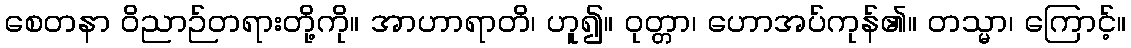
စေတနာ ဝိညာဉ်တရားတို့ကို။ အာဟာရာတိ၊ ဟူ၍။ ဝုတ္တာ၊ ဟောအပ်ကုန်၏။ တသ္မာ၊ ကြောင့်။